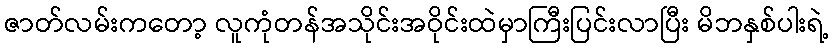
ဇာတ်လမ်းကတော့ လူကုံတန်အသိုင်းအဝိုင်းထဲမှာကြီးပြင်းလာပြီး မိဘနှစ်ပါးရဲ့